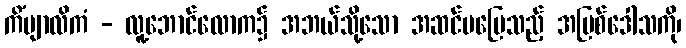
ကိံဗျာလိကံ - လူ့ဘောင်လောက၌ အဘယ်သို့သော အဆင်မပြေသည့် အပြစ်ဒေါသကို၊